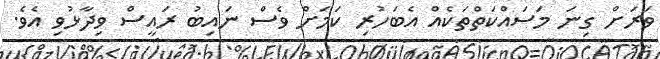
ވަރަށް ގިނަ މަސައްކަތްތަކެއް އެބަހުރި ކަމަށް ވެސް ނައިބު ރައީސް ވިދާޅުވި އެވެ.